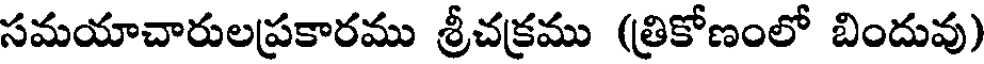
సమయాచారులప్రకారము శ్రీచక్రము (త్రికోణంలో బిందువు)